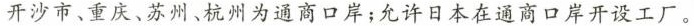
开沙市、重庆、苏州、杭州为通商口岸；允许日本在通商口岸开设工厂。